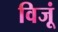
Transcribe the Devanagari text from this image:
विजूं